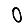
Digit: 0